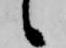
候